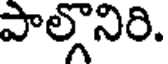
పాల్గొనిరి.